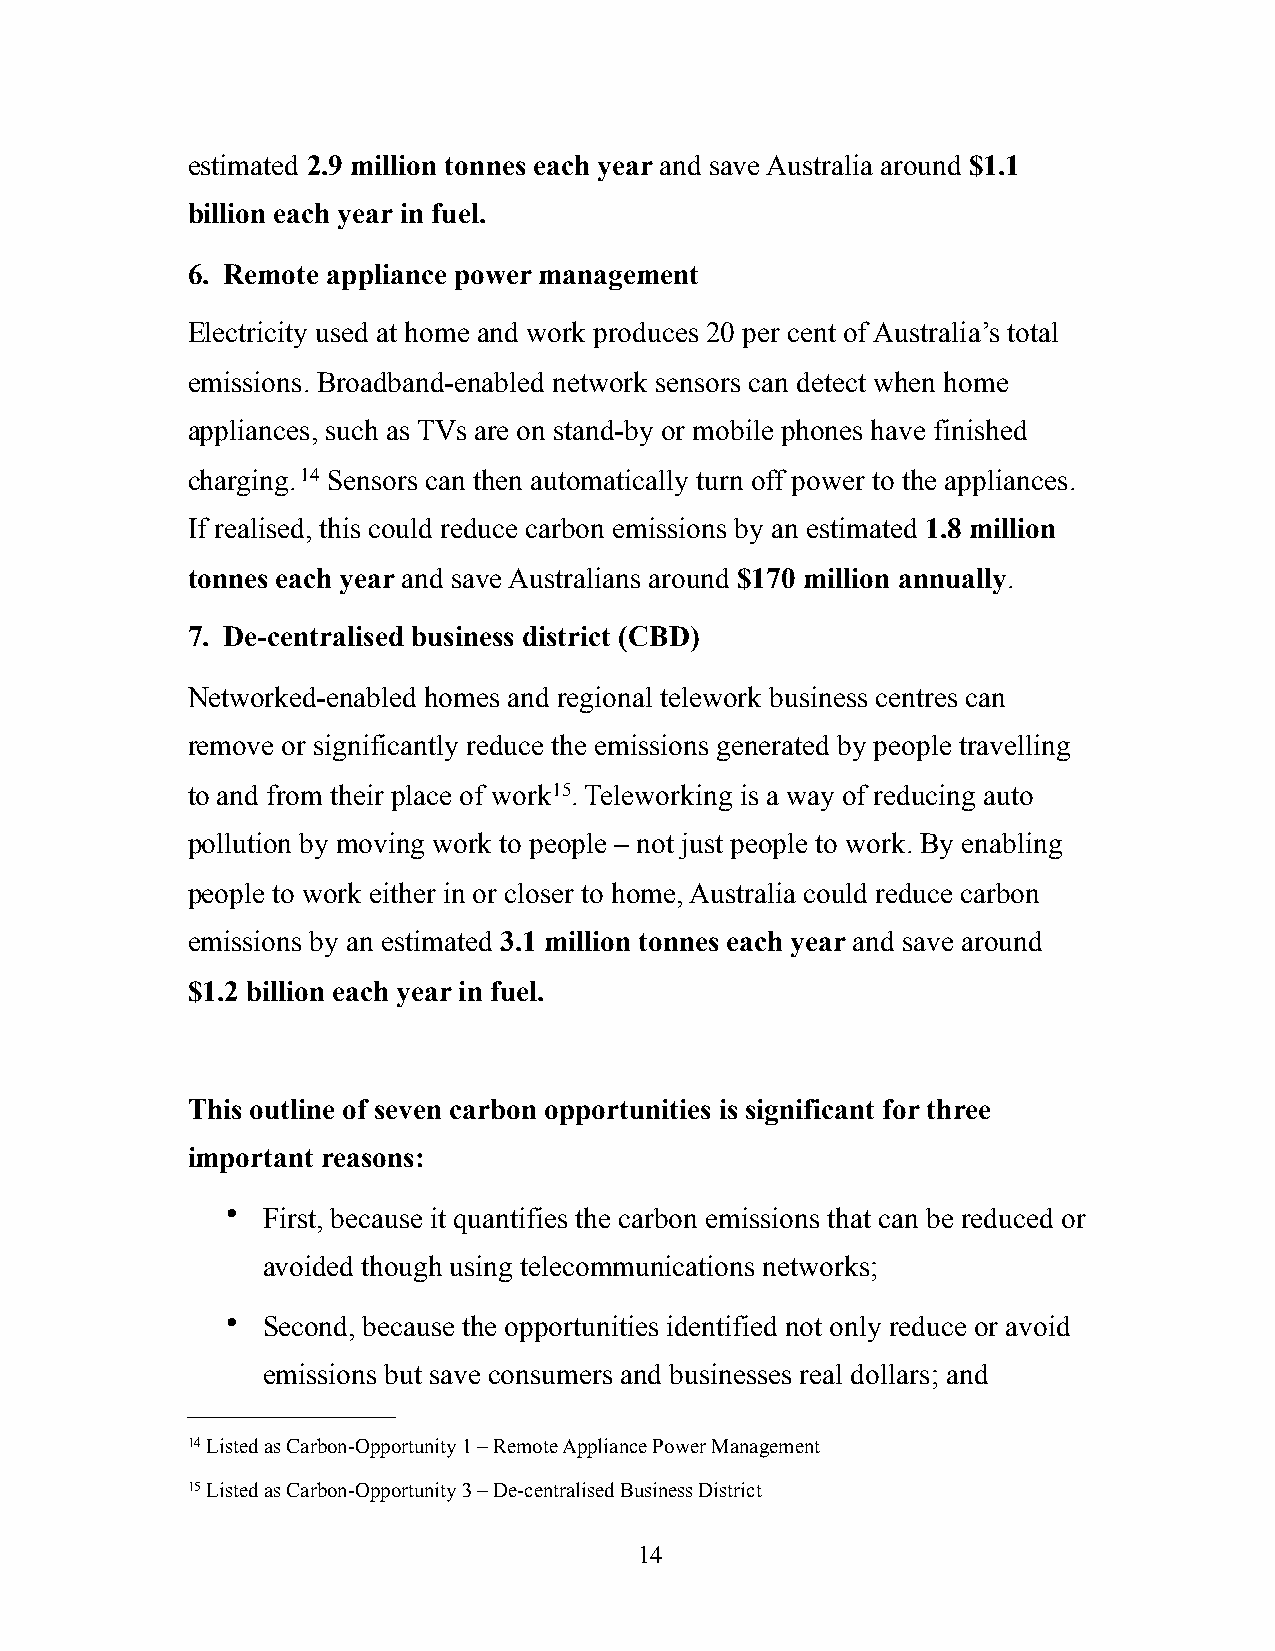
estimated 2.9 million tonnes each year and save Australia around $1.1
 billion each year in fuel.
 6. Remote appliance power management
 Electricity used at home and work produces 20 per cent of Australia’s total
 emissions. Broadband-enabled network sensors can detect when home
 appliances, such as TVs are on stand-by or mobile phones have finished
 charging. 14 Sensors can then automatically turn off power to the appliances.
 If realised, this could reduce carbon emissions by an estimated 1.8 million
 tonnes each year and save Australians around $170 million annually.
 7. De-centralised business district (CBD)
 Networked-enabled homes and regional telework business centres can
 remove or significantly reduce the emissions generated by people travelling
 to and from their place of work15. Teleworking is a way of reducing auto
 pollution by moving work to people – not just people to work. By enabling
 people to work either in or closer to home, Australia could reduce carbon
 emissions by an estimated 3.1 million tonnes each year and save around
 $1.2 billion each year in fuel.
 This outline of seven carbon opportunities is significant for three
 important reasons:
 • First, because it quantifies the carbon emissions that can be reduced or
 avoided though using telecommunications networks;
 • Second, because the opportunities identified not only reduce or avoid
 emissions but save consumers and businesses real dollars; and
 14 Listed as Carbon-Opportunity 1 – Remote Appliance Power Management
 15 Listed as Carbon-Opportunity 3 – De-centralised Business District
 14